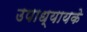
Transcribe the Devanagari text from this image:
उपाध्यायके